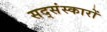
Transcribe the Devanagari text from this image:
सद्संस्कारों